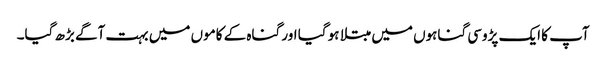
آپ کا ایک پڑوسی گناہوں میں مبتلا ہو گیا اور گناہ کے کاموں میں بہت آگے بڑھ گیا۔